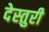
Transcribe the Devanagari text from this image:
देस्तुरी